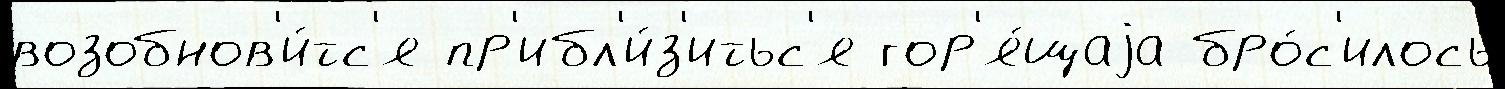
возобнов'и́тс'я пр'ибл'и́з'итьс'я гор'я́щаjа бро́с'илось